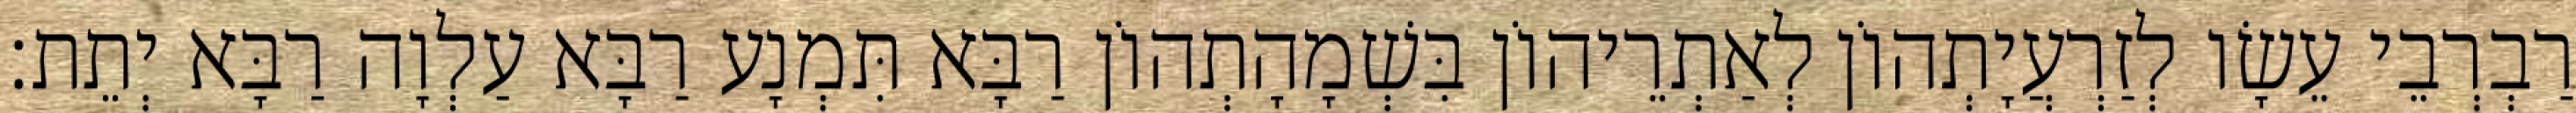
רַבְרְבֵי עֵשָׂו לְזַרְעֲיָתְהוֹן לְאַתְרֵיהוֹן בִּשְׁמָהָתְהוֹן רַבָּא תִּמְנָע רַבָּא עַלְוָה רַבָּא יְתֵת׃